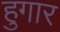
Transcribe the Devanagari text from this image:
हुगार